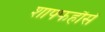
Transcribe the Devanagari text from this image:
शाफ्फहौसें